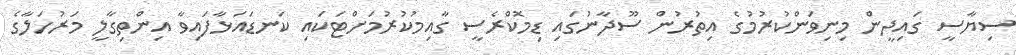
ސިޔާސީ ގައިދީން މިނިވަންކުރުމުގެ އިތުރުން ސޫދާނުގައި ޑިމޮކްރެސީ ގާއިމުކުރުމަށްޓަކައި ކަނޑައަޅާފައިވާ އިންތިގާލީ މަރުހަލާގެ